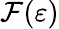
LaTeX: \mathcal{F}(\varepsilon)